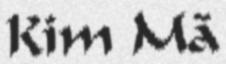
Kim Mã